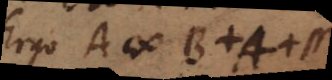
Ergo A # B +